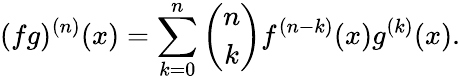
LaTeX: (fg)^{(n)}(x)=\sum_{k=0}^{n}{\binom{n}{k}}f^{(n-k)}(x)g^{(k)}(x).